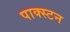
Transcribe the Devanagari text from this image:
पाक्स्टन